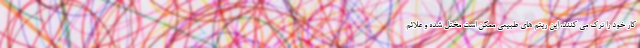
کار خود را ترک می کنند، این ریتم های طبیعی ممکن است مختل شده و علائم